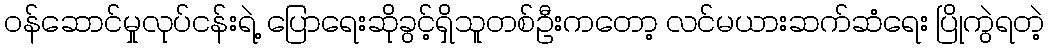
ဝန်ဆောင်မှုလုပ်ငန်းရဲ့ ပြောရေးဆိုခွင့်ရှိသူတစ်ဦးကတော့ လင်မယားဆက်ဆံရေး ပြိုကွဲရတဲ့